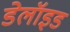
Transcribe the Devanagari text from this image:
डेलॉइड